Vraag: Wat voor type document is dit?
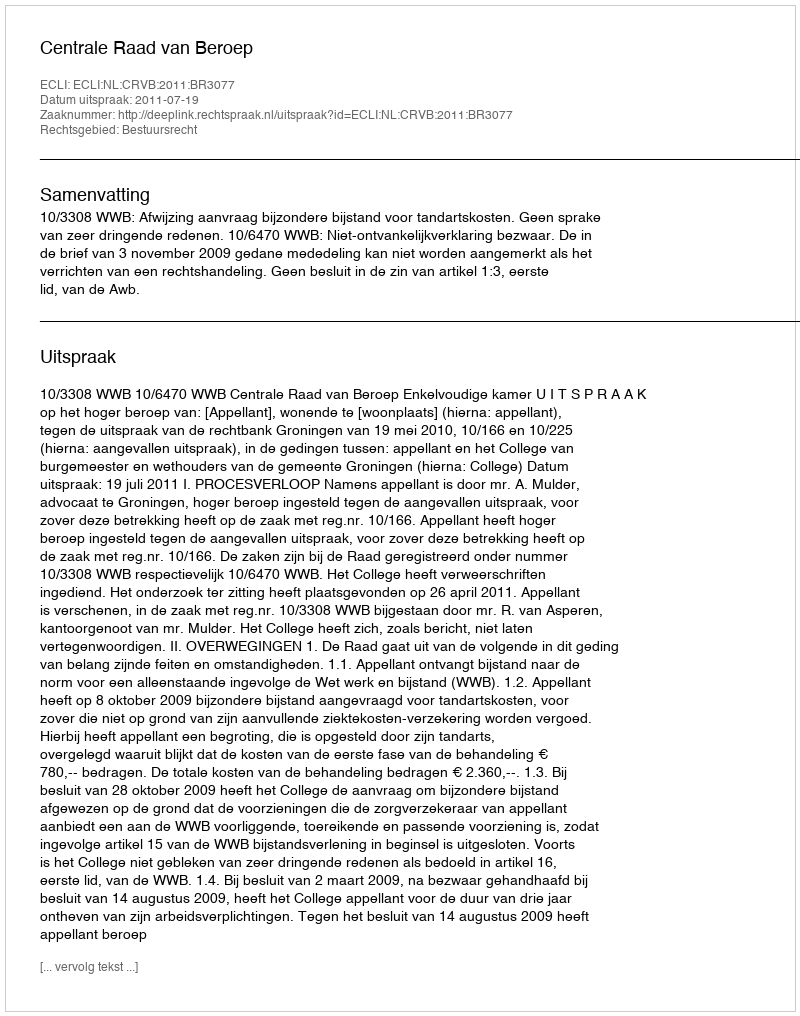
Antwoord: Uitspraak